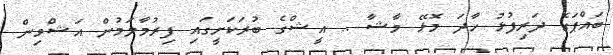
ބައްޕަގެ ދަރިފުޅު ހާދަ މޮޅޭ މާޝާ .. އީޝްގެ ބުރަކަށީގައި ފިރުމާލަމުން އަޝްވިން